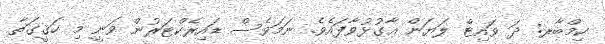
ކިމްބާރ: ދަ ވައިޓް ލަޔަން އާގުޅުވާފައެވެ. ނަމަވެސް ޑައިރެކްޓަރުން ވަނީ މި ހަޤީގަތާ